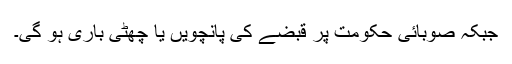
جبکہ صوبائی حکومت پر قبضے کی پانچویں یا چھٹی باری ہو گی۔